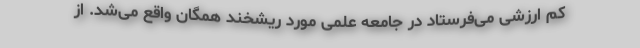
کم ارزشی می‌فرستاد در جامعه علمی مورد ریشخند همگان واقع می‌شد. از